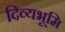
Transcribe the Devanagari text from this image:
दिव्यभूमि